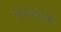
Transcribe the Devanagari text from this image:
मधश्याशा